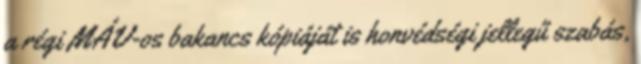
a régi MÁV-os bakancs kópiáját is honvédségi jellegű szabás,